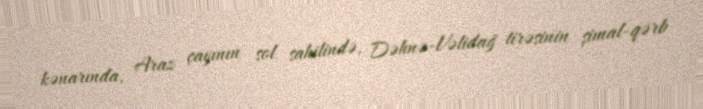
kənarında, Araz çayının sol sahilində, Dəhnə-Vəlidağ tirəsinin şimal-qərb